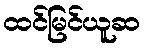
ထင်မြင်ယူဆ